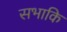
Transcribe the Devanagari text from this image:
सभाकि